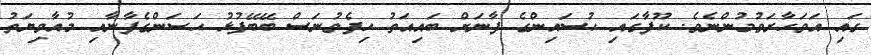
ގައި އަވަހާރަވުމުންނެވެ. ކޫފާގައި ޙުސައިންގެ ފާނަށް ބައިއަތު ހިފެވުނަސް ބޭބޭފުޅު ޙަސަންގެފާނާއި މުއާވިޔަތު